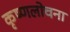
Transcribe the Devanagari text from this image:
कृष्णलोचना